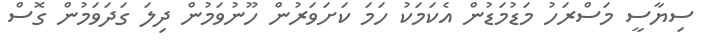
ސިޔާސީ މަސްރަހު މަޑުމަޑުން އެކަމަކު ހަމަ ކަށަވަރުން ހޫނުވަމުން ދިލަ ގަދަވަމުން ގޮސް